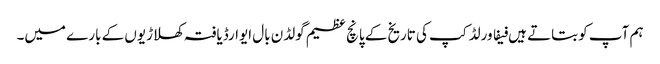
ہم آپ کو بتاتے ہیں فیفا ورلڈ کپ کی تاریخ کے پانچ عظیم گولڈن بال ایوارڈیافتہ کھلاڑیوں کے بارے میں۔